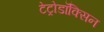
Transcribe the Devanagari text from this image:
टेट्रोडॉक्सिन